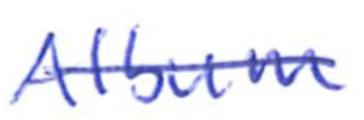
Text: Album
Cross-out: single-line
Writing tool: ballpoint